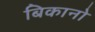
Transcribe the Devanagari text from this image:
बिकानो